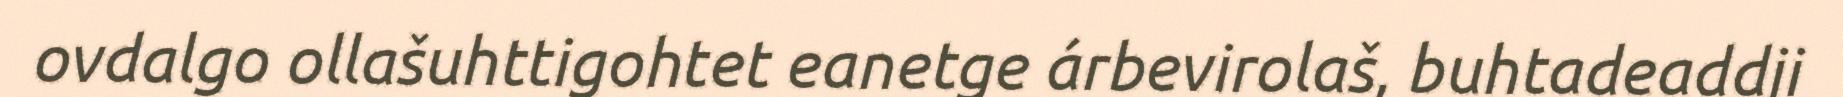
ovdalgo ollašuhttigohtet eanetge árbevirolaš, buhtadeaddji